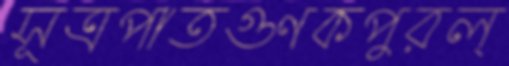
সূত্রপাতগুণকপুরল্